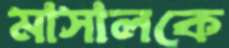
মাসালকে